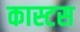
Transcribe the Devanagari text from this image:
कास्टस